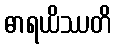
ဓာရယိဿတိ